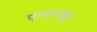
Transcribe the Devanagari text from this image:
पायापासुन